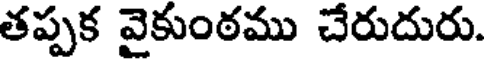
తప్పక వైకుంఠము చేరుదురు.